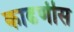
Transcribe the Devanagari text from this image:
काढणीस